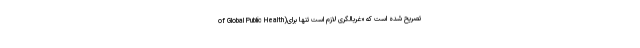
of Global Public Health)تصریح شده است که «غربالگری لازم است تنها برای